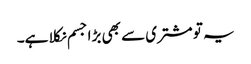
یہ تو مشتری سے بھی بڑا جسم نکلا ہے۔